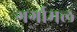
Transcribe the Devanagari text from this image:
गर्गामल